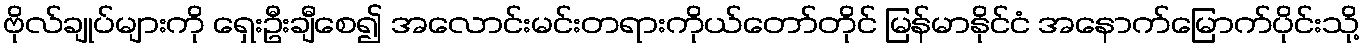
ဗိုလ်ချုပ်များကို ရှေးဦးချီစေ၍ အလောင်းမင်းတရားကိုယ်တော်တိုင် မြန်မာနိုင်ငံ အနောက်မြောက်ပိုင်းသို့